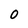
Character: 0